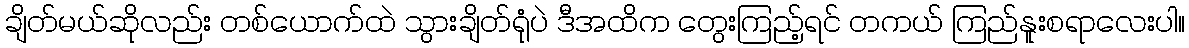
ချိတ်မယ်ဆိုလည်း တစ်ယောက်ထဲ သွားချိတ်ရုံပဲ ဒီအထိက တွေးကြည့်ရင် တကယ် ကြည်နူးစရာလေးပါ။